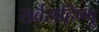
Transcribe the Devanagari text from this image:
सर्वसहिष्णू